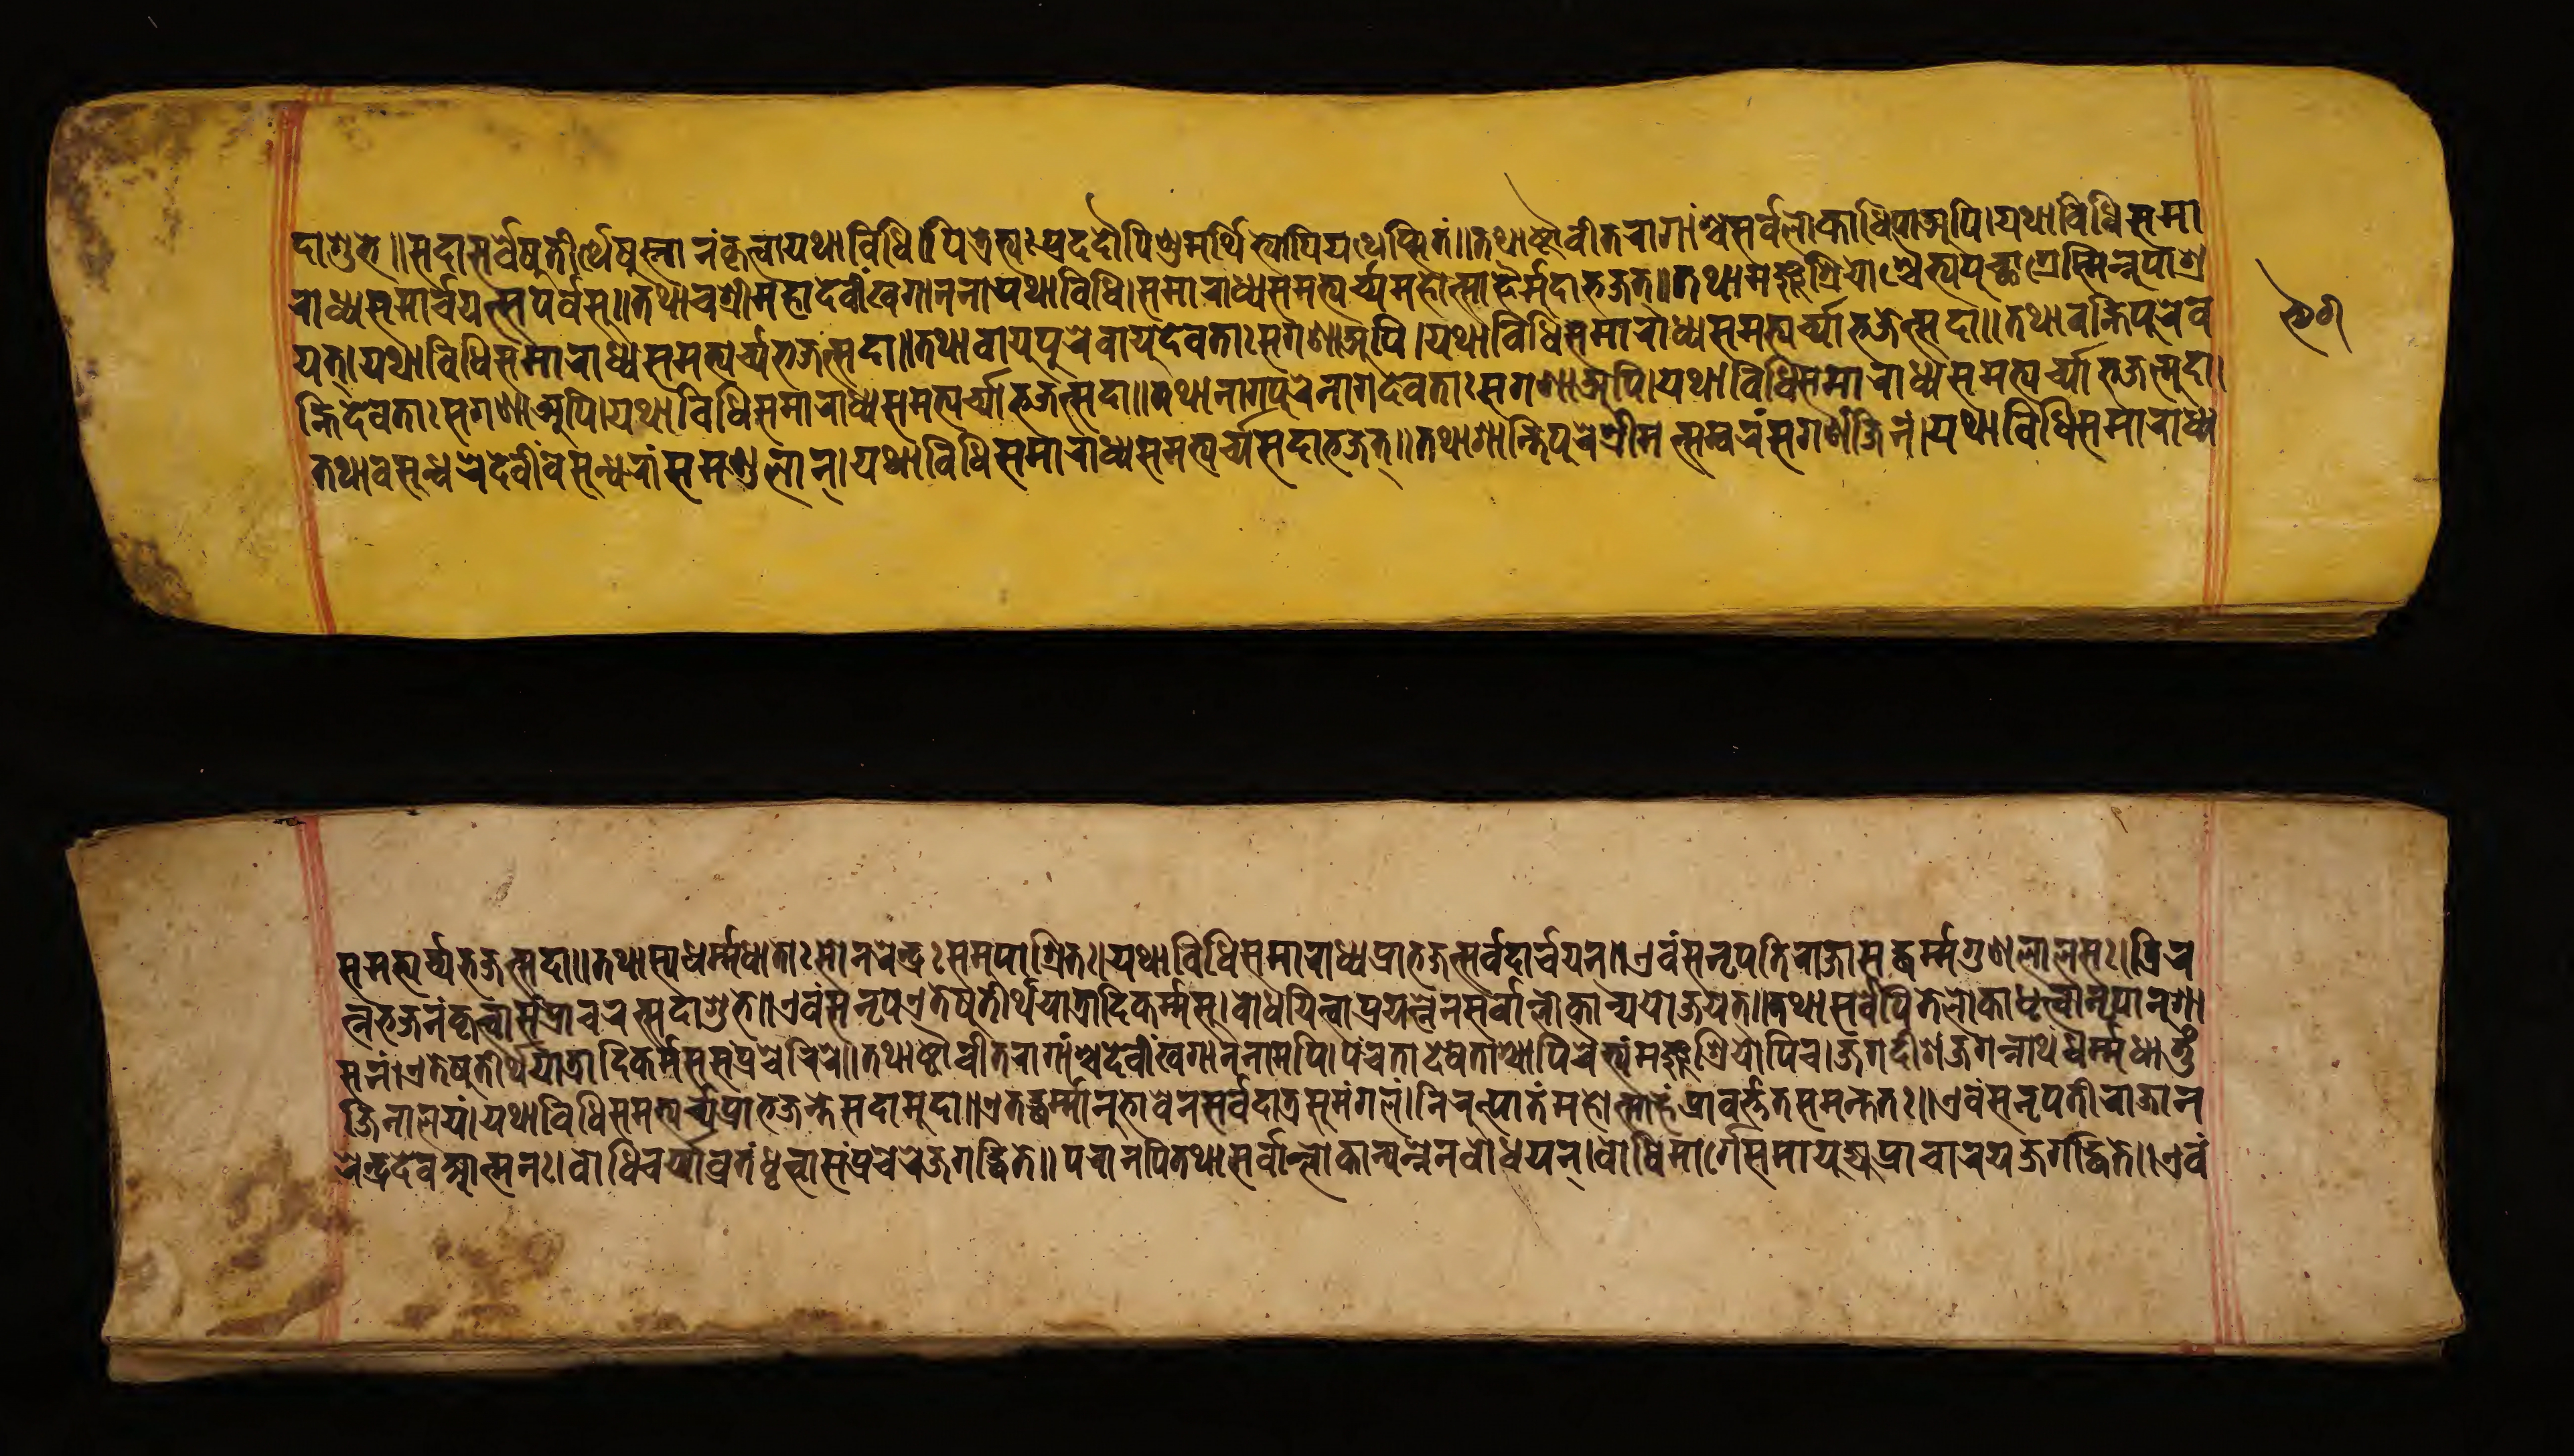
𑐡𑐵𑐱𑐸𑐨𑐾𑑌𑐳𑐡𑐵𑐳𑐬𑑂𑐰𑐾𑐲𑐸𑐟𑐷𑐬𑑂𑐠𑐾𑐲𑐸𑐳𑑂𑐣𑐵𑐣𑑄𑐎𑐺𑐟𑑂𑐰𑐵𑐫𑐠𑐵𑐰𑐶𑐢𑐶𑑋𑐥𑐶𑐟𑑂𑐬𑐾𑐨𑑂𑐫𑑅𑐥𑑂𑐬𑐡𑐡𑑁𑐥𑐶𑐞𑑂𑐜𑑄𑐩𑐬𑑂𑐠𑐶𑐨𑑂𑐫𑑀𑐥𑐶𑐫𑐠𑐾𑐥𑑂𑐳𑐶𑐟𑑄𑑌𑐟𑐠𑐵𑐲𑑂𑐚𑑁𑐰𑐷𑐟𑐬𑐵𑐐𑐵𑑄𑐱𑑂𑐔𑐎𑑂𑐲𑐟𑑂𑐬𑐮𑑀𑐎𑐵𑐢𑐶𑐥𑐵𑐩𑐥𑐶𑑋𑐫𑐠𑐵𑐰𑐶𑐢𑐶𑐳𑐩𑐵 𑐬𑐵𑐢𑑂𑐫𑐳𑐩𑐵𑐬𑑂𑐔𑐫𑐟𑑂𑐳𑐥𑐬𑑂𑐰𑐳𑐸𑑅𑑌𑐟𑐠𑐵𑐔𑐱𑑂𑐬𑐷𑐩𑐴𑐵𑐡𑐾𑐰𑐷𑑄𑐏𑐐𑐵𑐣𑐣𑐵𑑄𑐫𑐠𑐵𑐰𑐶𑐢𑐶𑑋𑐳𑐩𑐵𑐬𑐵𑐢𑑂𑐫𑐳𑐩𑐨𑑂𑐫𑐬𑑂𑐔𑑂𑐫𑐩𑐴𑑀𑐟𑑂𑐳𑐵𑐴𑐿𑐬𑑂𑐩𑐸𑐡𑐵𑐨𑐖𑐟𑑂𑑌𑐟𑐠𑐵𑐩𑐘𑑂𑐖𑐸𑐱𑑂𑐬𑐷𑐫𑐱𑑂𑐔𑐿𑐟𑑂𑐫𑐾𑐥𑐺𑐔𑑂𑐕𑐵𑐐𑑂𑐬𑐾𑐳𑑂𑐩𑐶𑐣𑑂𑐣𑐸𑐥𑐵𑐱𑑂𑐬 𑐫𑐟𑑂𑑋𑐫𑐠𑐵𑐰𑐶𑐢𑐶𑐳𑐩𑐵𑐬𑐵𑐢𑑂𑐫𑐳𑐩𑐨𑑂𑐫𑐬𑑂𑐔𑑂𑐫𑐵𑐨𑐖𑐟𑑂𑐳𑐡𑐵𑑌𑐟𑐠𑐵𑐰𑐵𑐫𑐸𑐥𑐸𑐬𑐾𑐰𑐵𑐫𑐸𑐡𑐾𑐰𑐟𑐵𑑅𑐳𑐐𑐞𑐵𑐀𑐥𑐶𑑋𑐫𑐠𑐵𑐰𑐶𑐢𑐶𑐳𑐩𑐵𑐬𑐵𑐢𑑂𑐫𑐳𑐩𑐨𑑂𑐫𑐬𑑂𑐔𑑂𑐫𑐵𑐨𑐖𑐟𑑂𑐳𑐡𑐵𑑌𑐟𑐠𑐵𑐰𑐴𑑂𑐣𑐶𑐥𑐸𑐬𑐾𑐰𑐴𑑂𑐣𑐶 𑐡𑐾𑐰𑐟𑐵𑑅𑐳𑐐𑐞𑐵𑐀𑐥𑐶𑑋𑐫𑐠𑐵𑐰𑐶𑐢𑐶𑐳𑐩𑐵𑐬𑐵𑐢𑑂𑐫𑐳𑐩𑐨𑑂𑐫𑐬𑑂𑐔𑑂𑐫𑐵𑐨𑐖𑐟𑑂𑐳𑐡𑐵𑑌𑐟𑐠𑐵𑐣𑐵𑐐𑐥𑐸𑐬𑐾𑐣𑐵𑐐𑐡𑐾𑐰𑐟𑐵𑑅𑐳𑐐𑐞𑐵𑐀𑐥𑐶𑑋𑐫𑐠𑐵𑐰𑐶𑐢𑐶𑐳𑐩𑐵𑐬𑐵𑐢𑑂𑐫𑐳𑐩𑐨𑑂𑐫𑐬𑑂𑐔𑑂𑐫𑐵𑐨𑐖𑐟𑑂𑐳𑐡𑐵 𑐟𑐠𑐵𑐰𑐳𑐸𑐥𑐸𑐬𑐾𑐡𑐾𑐰𑐷𑑄𑐰𑐳𑐸𑐢𑐵𑐬𑐵𑑄𑐳𑐩𑐞𑑂𑐜𑐮𑐵𑐩𑑂𑑋𑐫𑐠𑐵𑐰𑐶𑐢𑐶𑐳𑐩𑐵𑐬𑐵𑐢𑑂𑐫𑐳𑐩𑐨𑑂𑐫𑐬𑑂𑐔𑑂𑐫𑐵𑐳𑐡𑐵𑐨𑐖𑐟𑑂𑑌𑐟𑐠𑐵𑐱𑐵𑐣𑑂𑐟𑐶𑐥𑐸𑐬𑐾𑐱𑑂𑐬𑐷𑐩𑐟𑑂𑐳𑐩𑑂𑐧𑐬𑑄𑐳𑐐𑐞𑑄𑐖𑐶𑐣𑑄𑑋𑐫𑐠𑐵𑐰𑐶𑐢𑐶𑐳𑐩𑐵𑐬𑐵𑐢𑑂𑐫  𑐳𑐩𑐨𑑂𑐫𑐬𑑂𑐔𑑂𑐫𑐵𑐳𑐡𑐵𑐨𑐖𑐟𑑂𑑌𑐟𑐠𑐵𑐟𑐳𑑂𑐫𑐢𑐬𑑂𑐩𑐢𑐵𑐟𑑀𑑅𑐳𑐣𑐬𑐾𑐣𑑂𑐡𑑂𑐬𑑅𑐳𑐩𑐸𑐥𑐵𑐱𑑂𑐬𑐶𑐟𑑅𑑋𑐫𑐠𑐵𑐰𑐶𑐢𑐶𑐳𑐩𑐵𑐬𑐵𑐢𑑂𑐫𑐥𑑂𑐬𑐵𑐨𑐖𑐣𑑂𑐳𑐬𑑂𑐰𑐡𑐵𑐬𑑂𑐔𑐫𑐣𑑂𑑌𑐊𑐰𑑄𑐳𑐣𑐺𑐥𑐟𑐷𑐬𑐵𑐖𑐵𑐳𑐡𑑂𑐢𑐬𑑂𑐩𑐐𑐸𑐞𑐮𑐵𑐮𑐳𑑅𑑋𑐟𑑂𑐬𑐶𑐬 𑐟𑑂𑐣𑐨𑐖𑐣𑑄𑐎𑐺𑐟𑑂𑐰𑐵𑐳𑑄𑐥𑑂𑐬𑐵𑐔𑐬𑐟𑑂𑐳𑐡𑐵𑐱𑐸𑐨𑐾𑑌𑐊𑐰𑑄𑐳𑐣𑐺𑐥𑐊𑐟𑐾𑐲𑐸𑐟𑐷𑐬𑑂𑐠𑐫𑐵𑐟𑑂𑐬𑐵𑐡𑐶𑐎𑐬𑑂𑐩𑐳𑐸𑑋𑐧𑑀𑐢𑐫𑐶𑐟𑑂𑐰𑐵𑐥𑑂𑐬𑐫𑐟𑑂𑐣𑐾𑐣𑐳𑐬𑑂𑐰𑐵𑐣𑑂𑐮𑑀𑐎𑐵𑐣𑑂𑐫𑐫𑐵𑐖𑐫𑐟𑑂𑑌𑐟𑐠𑐵𑐳𑐬𑑂𑐰𑐾𑐥𑐶𑐟𑐾𑐮𑑀𑐎𑐵𑐢𑐺𑐟𑑂𑐰𑐵𑐣𑐺𑐥𑐵𑐣𑐸𑐱𑐵 𑐳𑐣𑑄𑑋𑐊𑐟𑐾𑐲𑐸𑐟𑐷𑐬𑑂𑐠𑐫𑐵𑐟𑑂𑐬𑐵𑐡𑐶𑐎𑐬𑑂𑐩𑐳𑐸𑐳𑑄𑐥𑑂𑐬𑐔𑐾𑐬𑐶𑐬𑐾𑑌𑐟𑐠𑐵𑐲𑑂𑐚𑑁𑐰𑐷𑐟𑐬𑐵𑐐𑐵𑑄𑐱𑑂𑐔𑐡𑐾𑐰𑐷𑑄𑐏𑐐𑐵𑐣𑐣𑐵𑐩𑐥𑐶𑑋𑐥𑐘𑑂𑐔𑐿𑐟𑐵𑐡𑐾𑐰𑐟𑐵𑐱𑑂𑐔𑐵𑐥𑐶𑐔𑐿𑐟𑑂𑐫𑑄𑐩𑐘𑑂𑐖𑐸𑐱𑑂𑐬𑐶𑐫𑑀𑐥𑐶𑐔𑑌𑐖𑐐𑐡𑐷𑐱𑑄𑐖𑐐𑐣𑑂𑐣𑐵𑐠𑑄𑐢𑐬𑑂𑐩𑐢𑐵𑐟𑐸𑑄 𑐖𑐶𑐣𑐵𑐮𑐫𑑄𑑋𑐫𑐠𑐵𑐰𑐶𑐢𑐶𑐳𑐩𑐨𑑂𑐫𑐬𑑂𑐔𑑂𑐫𑐥𑑂𑐬𑐵𑐨𑐖𑐣𑑂𑐟𑐳𑐡𑐵𑐩𑐸𑐡𑐵𑑌𑐊𑐟𑐡𑑂𑐢𑐬𑑂𑐩𑐵𑐣𑐸𑐨𑐵𑐰𑐾𑐣𑐳𑐬𑑂𑐰𑐡𑐵𑐟𑑂𑐬𑐳𑐸𑐩𑐒𑑂𑐐𑐮𑑄𑑋𑐣𑐶𑐬𑐸𑐟𑑂𑐥𑐵𑐟𑑄𑐩𑐴𑑀𑐟𑑂𑐳𑐵𑐴𑑄𑐥𑑂𑐬𑐵𑐰𑐬𑑂𑐟𑑂𑐟𑐟𑐳𑐩𑐣𑑂𑐟𑐟𑑅𑑌𑐊𑐰𑑄𑐳𑐣𑐺𑐥𑐟𑐷𑐬𑐵𑐖𑐵𑐣 𑐬𑐾𑐣𑑂𑐡𑑂𑐬𑐡𑐾𑐰𑐁𑐟𑑂𑐩𑐣𑑅𑑋𑐧𑑀𑐢𑐶𑐔𑐬𑑂𑐫𑐵𑑅𑐰𑑂𑐬𑐟𑑄𑐢𑐺𑐟𑑂𑐰𑐵𑐳𑑄𑐥𑑂𑐬𑐔𑐬𑐖𑐐𑐡𑑂𑐢𑐶𑐟𑐾𑑌𑐥𑐬𑐵𑐣𑐥𑐶𑐟𑐠𑐵𑐳𑐬𑑂𑐰𑐵𑐣𑑂𑐮𑑀𑐎𑐵𑐣𑑂𑐫𑐟𑑂𑐣𑐾𑐣𑐧𑑀𑐢𑐫𑐣𑑂𑑋𑐧𑑀𑐢𑐶𑐩𑐵𑐬𑑂𑐐𑐾𑐳𑐩𑐵𑐫𑐸𑐖𑑂𑐫𑐥𑑂𑐬𑐵𑐔𑐵𑐬𑐫𑐖𑑂𑐖𑐐𑐡𑑂𑐢𑐶𑐟𑐾𑑌𑐊𑐰𑑄  𑑙𑑖